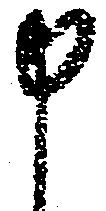
申